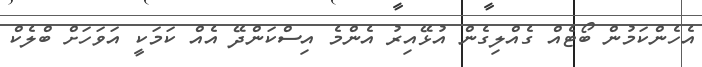
އެހެންކަމުން ބޯޓެއް ގެއްލިގެން އުޅޭއިރު އެންމެ އިސްކަންދޭ އެއް ކަމަކީ އަވަހަށް ބްލެކް